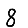
Digit: 8